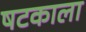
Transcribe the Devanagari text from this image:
षटकाला